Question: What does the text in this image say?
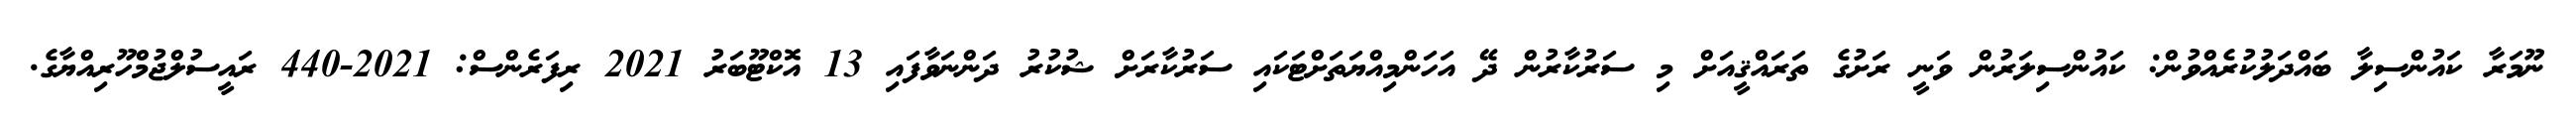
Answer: ނޫމަރާ ކައުންސިލާ ބައްދަލުކުރެއްވުން: ކައުންސިލަރުން ވަނީ ރަށުގެ ތަރައްޤީއަށް މި ސަރުކާރުން ދޭ އަހަންމިއްޔަތަށްޓަކައި ސަރުކާރަށް ޝުކުރު ދަންނަވާފައި 13 އޮކްޓޫބަރު 2021 ރިފަރެންސް: 2021-440 ރައީސުލްޖުމްހޫރިއްޔާގެ.